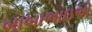
બાબાભાઇએ